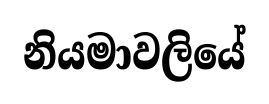
නියමාවලියේ